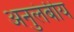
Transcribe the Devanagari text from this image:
अनुलंबीय